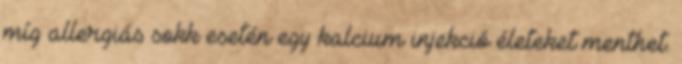
míg allergiás sokk esetén egy kalcium injekció életeket menthet.